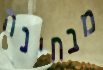
מבחינה